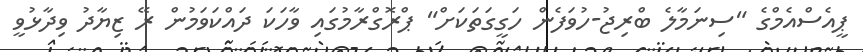
ޕީއެސްއެމްގެ "ސިނަމާލެ ބްރިޖު-ހުވަފެން ހަގީގަތަކަށް" ޕްރޮގްރާމުގައި ވާހަކަ ދައްކަވަމުން ރޭ ޒިޔާދު ވިދާޅުވީ